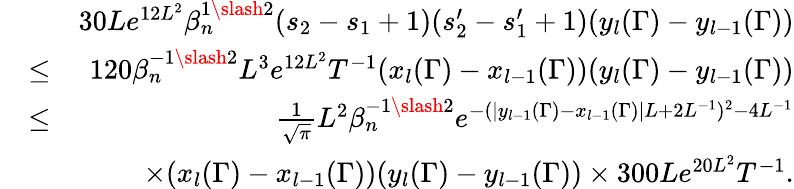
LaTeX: \begin{array}{rlr}&{}&{30Le^{12L^{2}}\beta_{n}^{1\slash 2}(s_{2}-s_{1}+1)(s_{2}^{\prime}-s_{1}^{\prime}+1)(y_{l}(\Gamma)-y_{l-1}(\Gamma))}\\ &{\leq}&{120\beta_{n}^{-1\slash 2}L^{3}e^{12L^{2}}T^{-1}(x_{l}(\Gamma)-x_{l-1}(\Gamma))(y_{l}(\Gamma)-y_{l-1}(\Gamma))}\\ &{\leq}&{\frac{1}{\sqrt{\pi}}L^{2}\beta_{n}^{-1\slash 2}e^{-(|y_{l-1}(\Gamma)-x_{l-1}(\Gamma)|L+2L^{-1})^{2}-4L^{-1}}}\\ &{}&{\times(x_{l}(\Gamma)-x_{l-1}(\Gamma))(y_{l}(\Gamma)-y_{l-1}(\Gamma))\times 300Le^{20L^{2}}T^{-1}.}\end{array}